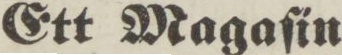
Ett Magaſin